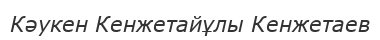
Кәукен Кенжетайұлы Кенжетаев